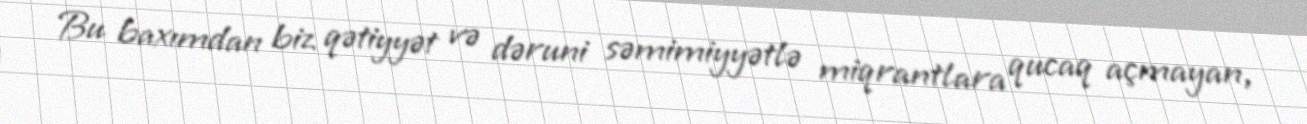
Bu baxımdan biz qətiyyət və dəruni səmimiyyətlə miqrantlara qucaq açmayan,